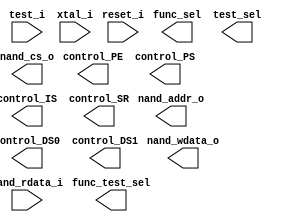
// ==========================================================
//
// (C) COPYRIGHT 2022 Alpha-Holdings INC. ALL RIGHT RESERVED
//
// User : jmkim
// Time : 2022/3/13/10/28/28
//
// ==========================================================

module core (
    output  [  1:  0]  nand_wdata_o,
    output  [  1:  0]  nand_addr_o,
    input   [  1:  0]  nand_rdata_i,
    output             nand_cs_o,
    input              reset_i,
    input              test_i,
    input              xtal_i,
    output  [  9:  0]  control_DS0,
    output  [  9:  0]  control_DS1,
    output  [  9:  0]  control_PE,
    output  [  9:  0]  control_PS,
    output  [  9:  0]  control_IS,
    output  [  9:  0]  control_SR,
    output  [ 20:  0]  func_sel,
    output  [ 40:  0]  test_sel,
    output  [ 10:  0]  func_test_sel
);



endmodule